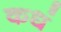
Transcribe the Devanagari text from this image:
कधं